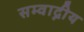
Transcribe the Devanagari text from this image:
सम्वाद्नीय